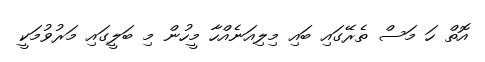
އޮތް ހަ މަސް ތެރޭގައި ބައި މިލިއަނެއްހާ މީހުން މި ބަލީގައި މަރުވުމަކީ